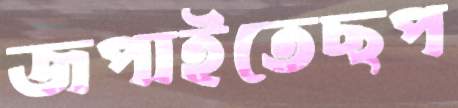
জপাইতেছপ